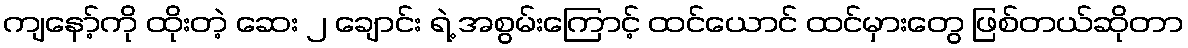
ကျနော့်ကို ထိုးတဲ့ ဆေး ၂ ချောင်း ရဲ့ အစွမ်းကြောင့် ထင်ယောင် ထင်မှားတွေ ဖြစ်တယ်ဆိုတာ